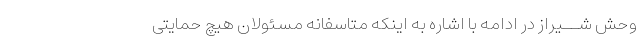
وحش شــیراز در ادامه با اشاره به اینکه متاسفانه مسئولان هیچ حمایتى